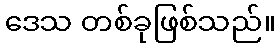
ဒေသ တစ်ခုဖြစ်သည်။